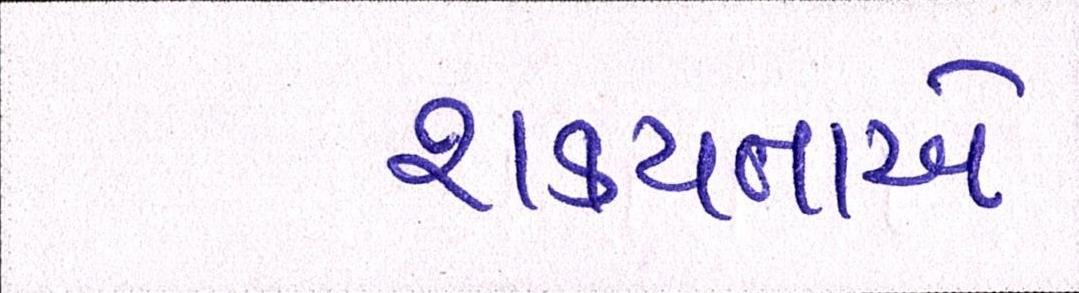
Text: શક્યતાએ